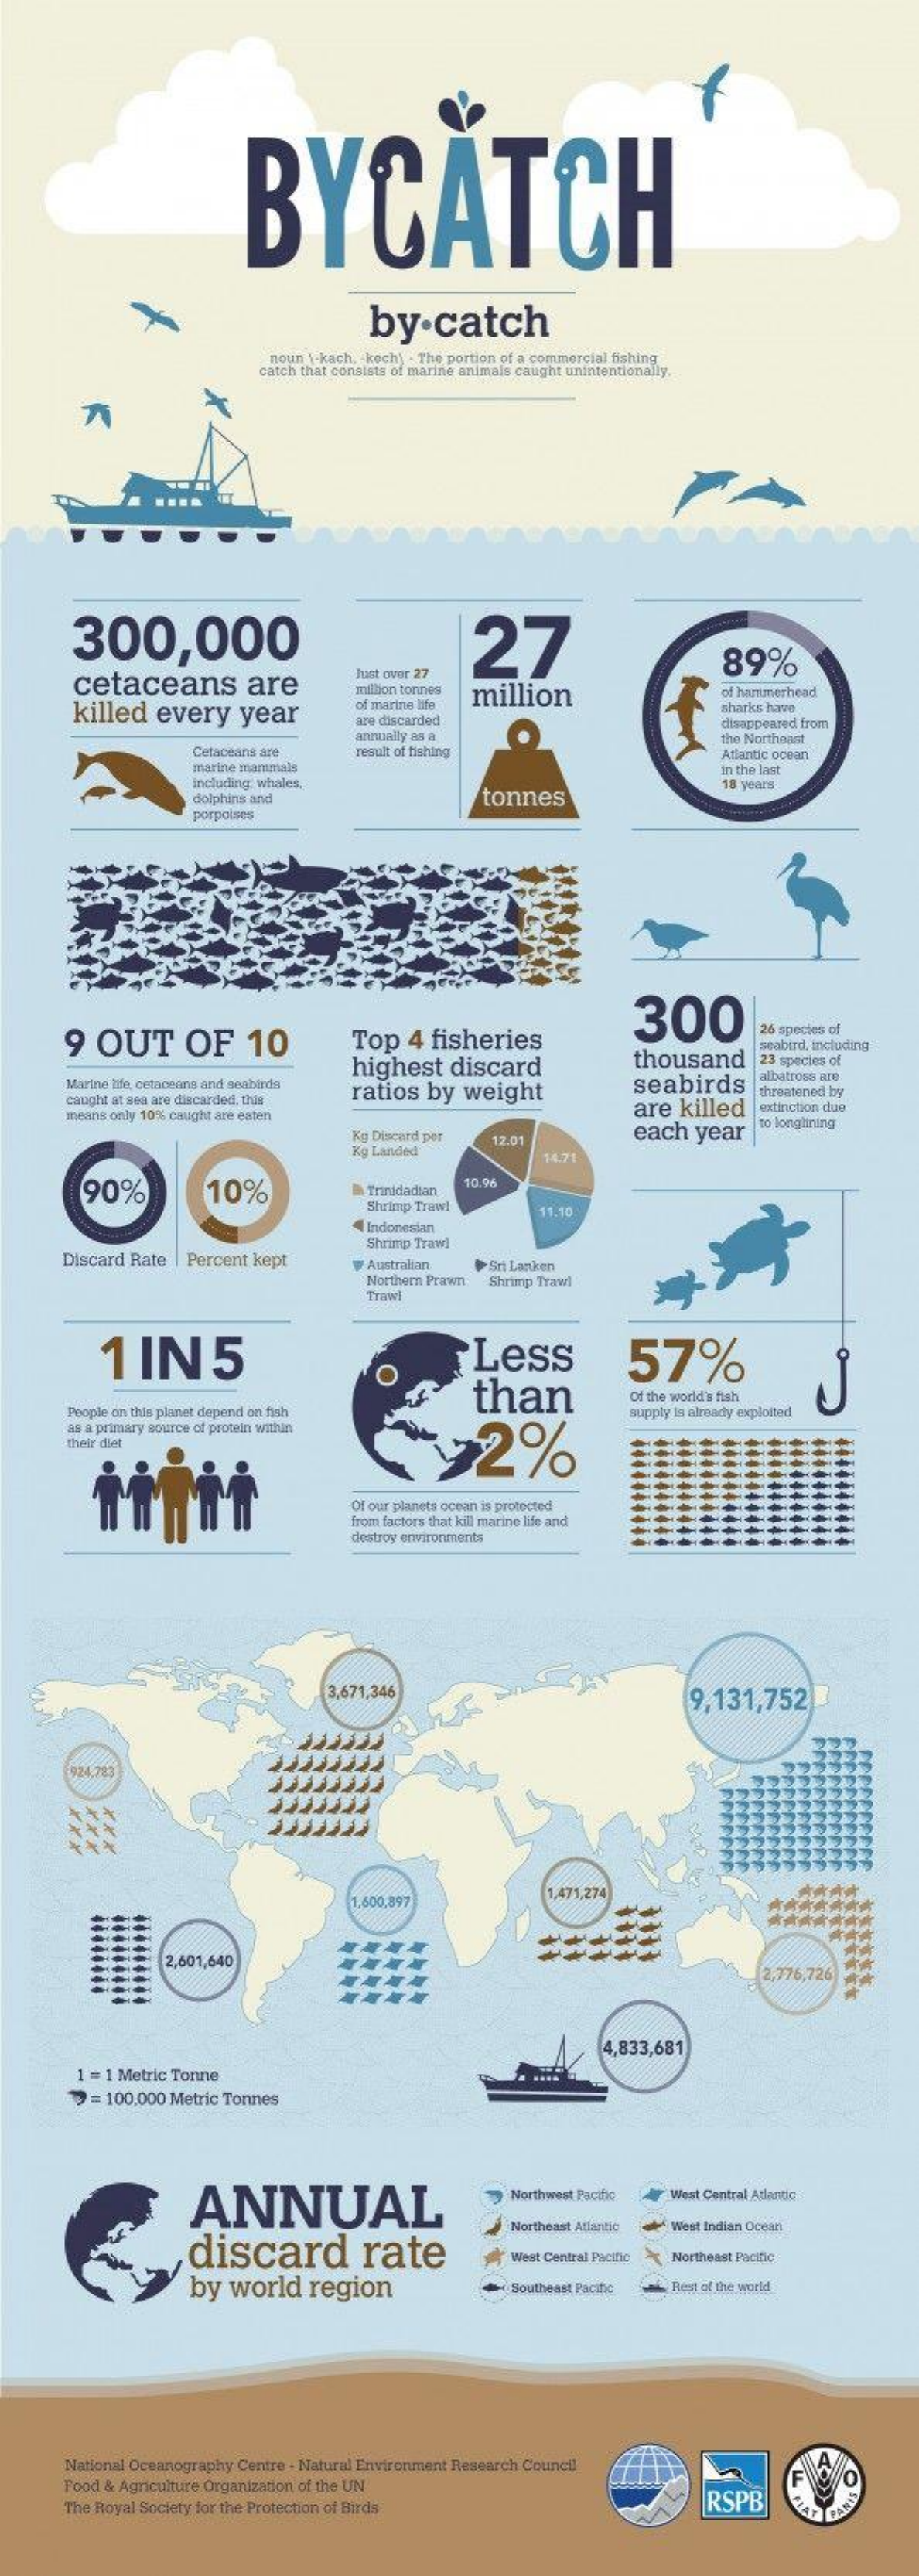
BYCATCH
     by·catch
     noun \-kach, - kech) . The portion of a commercial fishing
     catch that consists of marine animals caught unintentionally.
     300,000    27
     cetaceans    are
     89%
     Just over 27
     million tonnes
     killed   every    year
     million    of hammerhead
     of marine life    sharks have
     are discarded
     annually as a
     disappeared from
     Cetaceans are    result of fishing
     the Northeast
     Atlantic ocean
     marine mammals
     including whales.
     in the last
     dolphins and    tonnes
     18 years
     porpoles
     9  OUT    OF    10
     300
     Top   4  fisheries
     26 species of
     highest    discard    thousand
     seabird, including
     23 species of
     Marine life, cetaceans and seabirds    seabirds
     albatross are
     caught at sea are discarded, this ratios by   weight
     means only 10% caught are eaten
     are  killed
     threatened by
     extinction due
     Kg Discard per    each   year
     to longlining
     Kg Landed
     12.01
     14.71
     90%    10%    Trinidadian
     10.96
     Shrimp Travl    11.10
     Indonesian
     Discard Rate  Percent kept
     Shrimp Trawl
     Australian
     Northern Prawn
     Sri Lankan
     Shrimp Trawl
     Trawi
     1  IN5    Less    57%
     than
     People on this planet depend on fish
     Of the world's fish
     as a primary source of protein within
     supply is already exploded
     Co
     their det
     92%
     Of our planets ocean is protected
     from factors that kill marine life and
     destroy environments
     3,671,346    9,131,752
     924.283
     1,600,897
     1,471,274
     ******** 4444444
     **
     2,601,640
     2,776,726
     *********
     4,833,681
     1 = 1 Metric Tonne
     >= 100,000 Metric Tonnes
     ANNUAL
     Northwest Pacific  West Central Atlantics
     discard    rate
     Northeast Atlantic West Indian Ocean
     West Central Pacific Northeast Pacific
     by  world    region    Southeast Pacino  Rest of the world
     National Oceanography Centre - Natural Environment Research Council
     Food & Agriculture Organization of the UN
     The Royal Society for the Protection of Birds    RSPB
     F
     PLAT PANIE